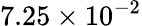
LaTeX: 7.25\times 10^{-2}